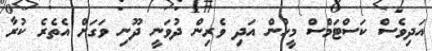
އަދިވެސް ކަސްޓަމްސް މީހުން އަދި ވެރިން ދުވަނީ ދޫނި ވަގަށް އެތެރެ ކުރާ